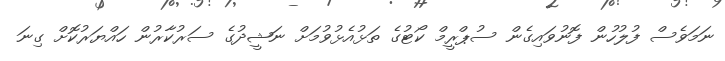
ނަމަވެސް ފުލުހުން ފޮނުވައިގެން ސުޕްރީމް ކޯޓުގެ ތަޅުއެޅުވުމަށް ނަޝީދުގެ ސަރުކާރުން ހައްޔަރުކޮށް ގިނަ